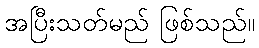
အပြီးသတ်မည် ဖြစ်သည်။